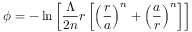
\phi = - \ln \left[ \frac { \Lambda } { 2 n } r \left[ \left( \frac { r } { a } \right) ^ { n } + \left( \frac { a } { r } \right) ^ { n } \right] \right]